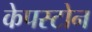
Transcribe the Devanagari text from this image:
केपस्टोन